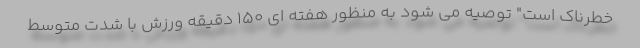
خطرناک است" توصیه می شود به منظور هفته ای 150 دقیقه ورزش با شدت متوسط